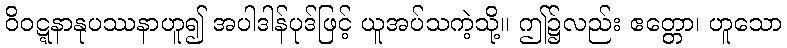
ဝိဝဋ္ဋနာနုပဿနာဟူ၍ အပါဒါန်ပုဒ်ဖြင့် ယူအပ်သကဲ့သို့။ ဤ၌လည်း ဧတ္တော၊ ဟူသော